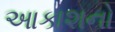
આકાશનો